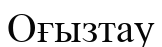
Оғызтау